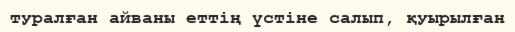
туралған айваны еттің үстіне салып, қуырылған